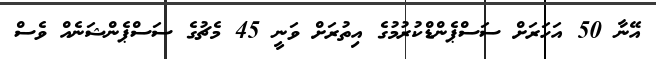
އޭނާ 50 އަހަރަށް ސަސްޕެންޑްކުރުމުގެ އިތުރަށް ވަނީ 45 މެޗުގެ ސަސްޕެންޝަނެއް ވެސް